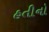
હતીનો